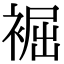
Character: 䘿